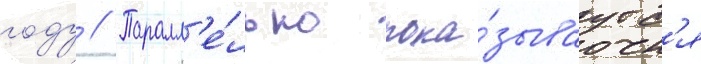
году // Паралл'е́льно пока́зываутс'я